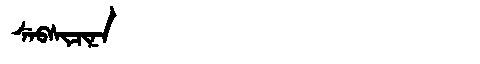
Manchu: ᠰᡝᠪᠰᡳᠴᡳᠨᠠ
Romanization: SEBSICINA